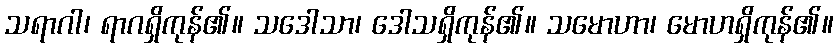
သရာဂါ၊ ရာဂရှိကုန်၏။ သဒေါသာ၊ ဒေါသရှိကုန်၏။ သမောဟာ၊ မောဟရှိကုန်၏။